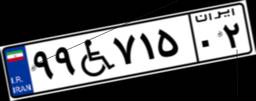
۹۹W۷۱۵۰۲